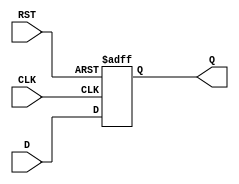
module IntermediateRegister #(
    parameter WIDTH = 8  // Set the width of the register (default is 8 bits)
)(
    input wire [WIDTH-1:0] D,     // Data input
    input wire CLK,                // Clock signal
    input wire RST,                // Asynchronous reset
    output reg [WIDTH-1:0] Q       // Data output
);

// Sequential logic for the Intermediate Register
always @(posedge CLK or posedge RST) begin
    if (RST) begin
        Q <= {WIDTH{1'b0}}; // Clear the register to 0 on reset
    end else begin
        Q <= D; // Capture the data input on the rising edge of CLK
    end
end

endmodule